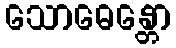
သောဓေန္တော